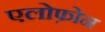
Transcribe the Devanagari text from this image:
एलोफ़ोन